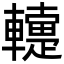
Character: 䡹